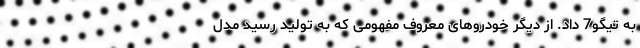
به تیگو7 داد. از دیگر خودروهای معروف مفهومی که به تولید رسید مدل